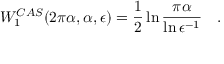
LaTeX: W _ { 1 } ^ { C A S } ( 2 \pi \alpha , \alpha , \epsilon ) = \frac 1 2 \ln { \frac { \pi \alpha } { \ln \epsilon ^ { - 1 } } } ~ ~ ~ .